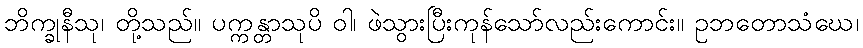
ဘိက္ခုနီသု၊ တို့သည်။ ပက္ကန္တာသုပိ ဝါ၊ ဖဲသွားပြီးကုန်သော်လည်းကောင်း။ ဥဘတောသံဃေ၊